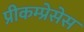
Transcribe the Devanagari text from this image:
प्रीकम्प्रेसेस